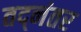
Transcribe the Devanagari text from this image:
तद्‌नंतर